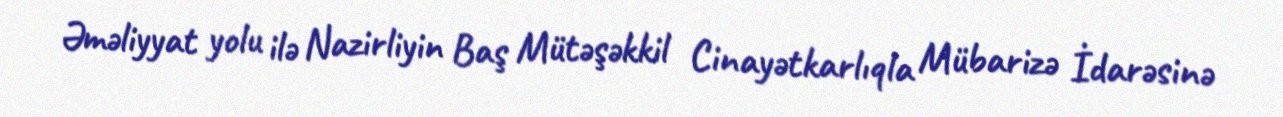
Əməliyyat yolu ilə Nazirliyin Baş Mütəşəkkil Cinayətkarlıqla Mübarizə İdarəsinə